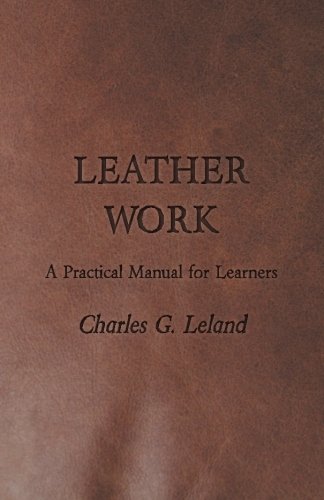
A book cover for Leather Work - A Practical Manual for Learners; Charles G. Leland; Crafts, Hobbies & Home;